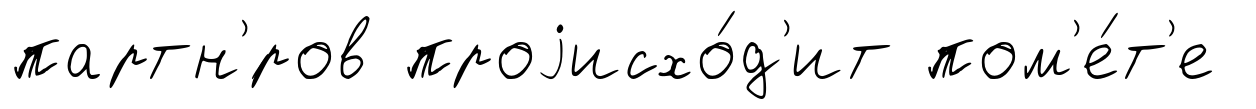
партн'́ров проjисхо́д'ит пом'е́т'е